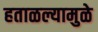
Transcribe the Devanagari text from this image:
हताळल्यामुळे